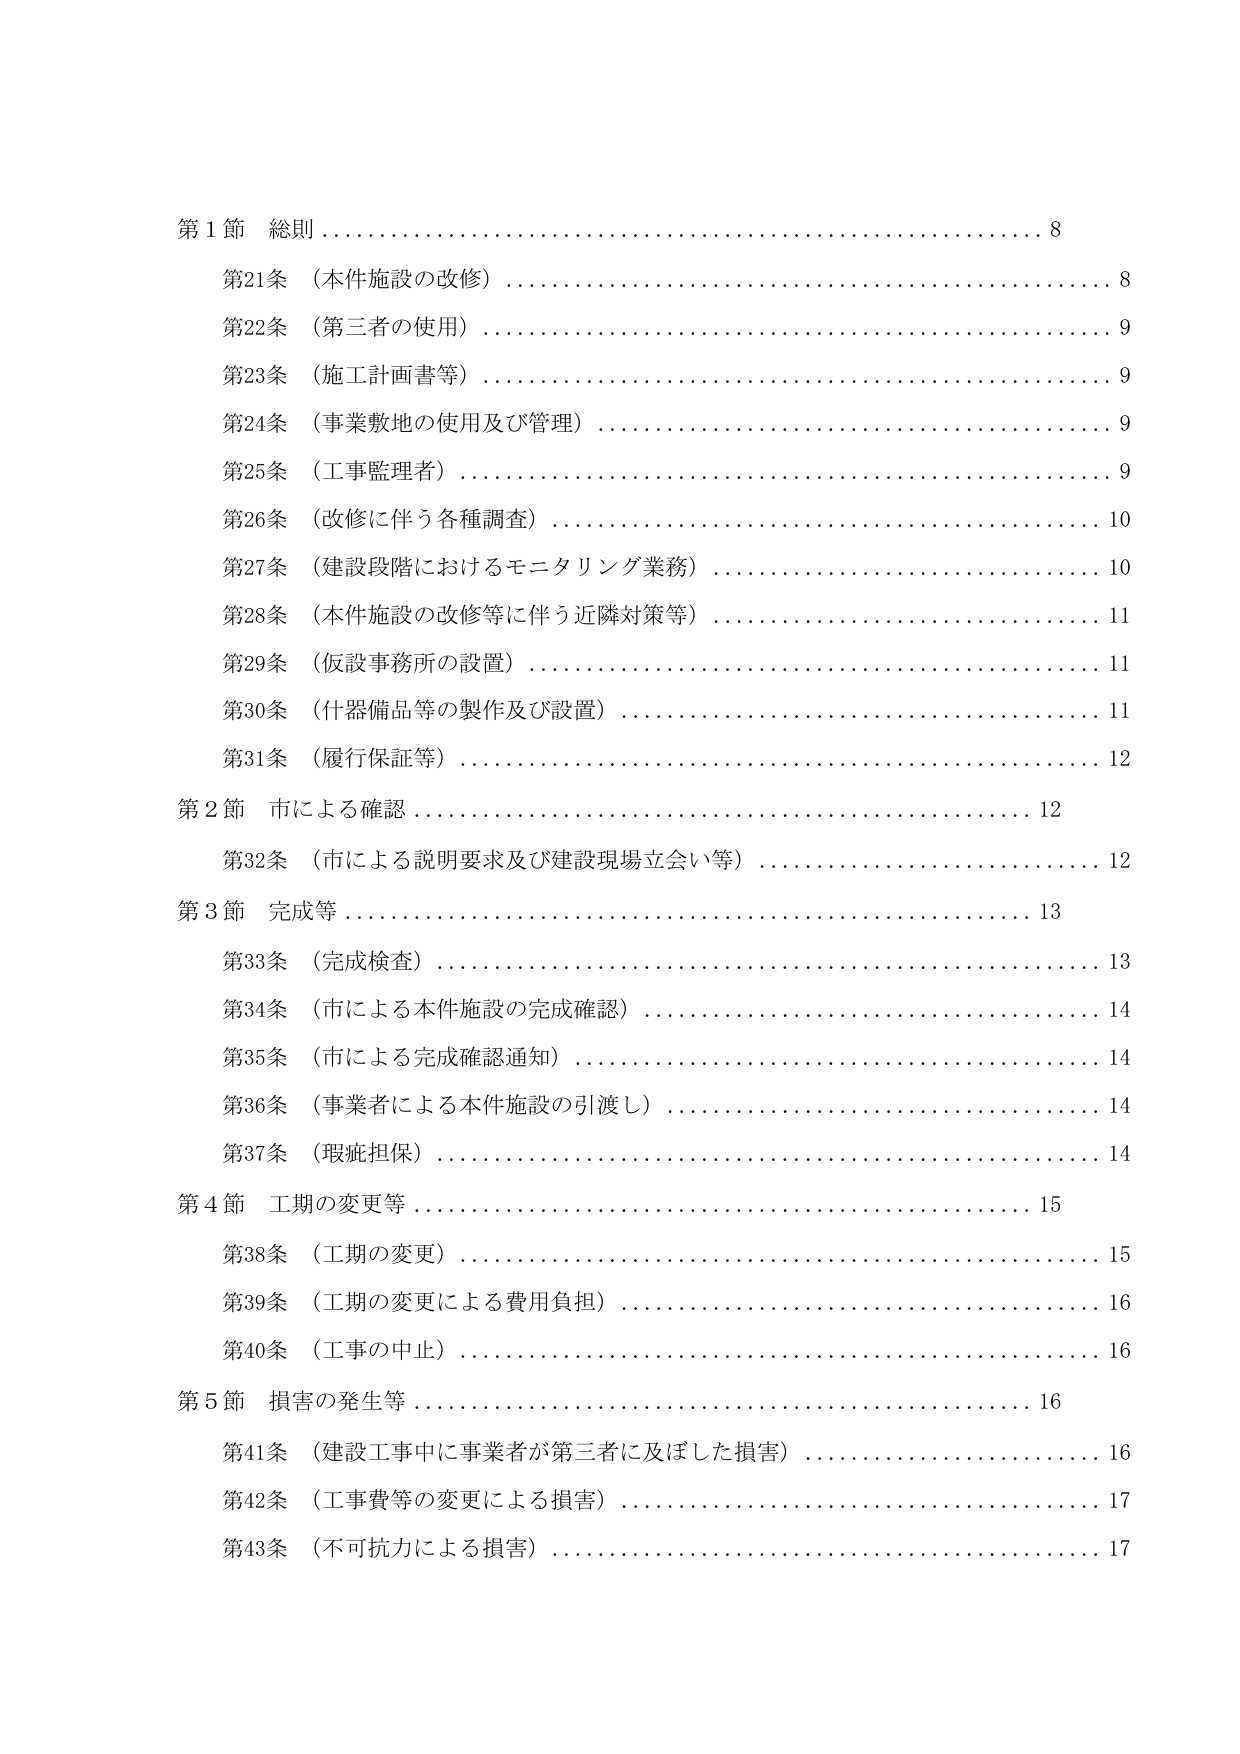
第１節 総則 8
第21条 （本件施設の改修） 8
第22条 （第三者の使用） 9
第23条 （施工計画書等） 9
第24条 （事業敷地の使用及び管理） 9
第25条 （工事監理者） 9
第26条 （改修に伴う各種調査） 10
第27条 （建設段階におけるモニタリング業務） 10
第28条 （本件施設の改修等に伴う近隣対策等） 11
第29条 （仮設事務所の設置） 11
第30条 （什器備品等の製作及び設置） 11
第31条 （履行保証等） 12
第２節 市による確認 12
第32条 （市による説明要求及び建設現場立会い等） 12
第３節 完成等 13
第33条 （完成検査） 13
第34条 （市による本件施設の完成確認） 14
第35条 （市による完成確認通知） 14
第36条 （事業者による本件施設の引渡し） 14
第37条 （瑕疵担保） 14
第４節 工期の変更等 15
第38条 （工期の変更） 15
第39条 （工期の変更による費用負担） 16
第40条 （工事の中止） 16
第５節 損害の発生等 16
第41条 （建設工事中に事業者が第三者に及ぼした損害） 16
第42条 （工事費等の変更による損害） 17
第43条 （不可抗力による損害） 17